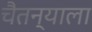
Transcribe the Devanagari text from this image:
चैतन्याला